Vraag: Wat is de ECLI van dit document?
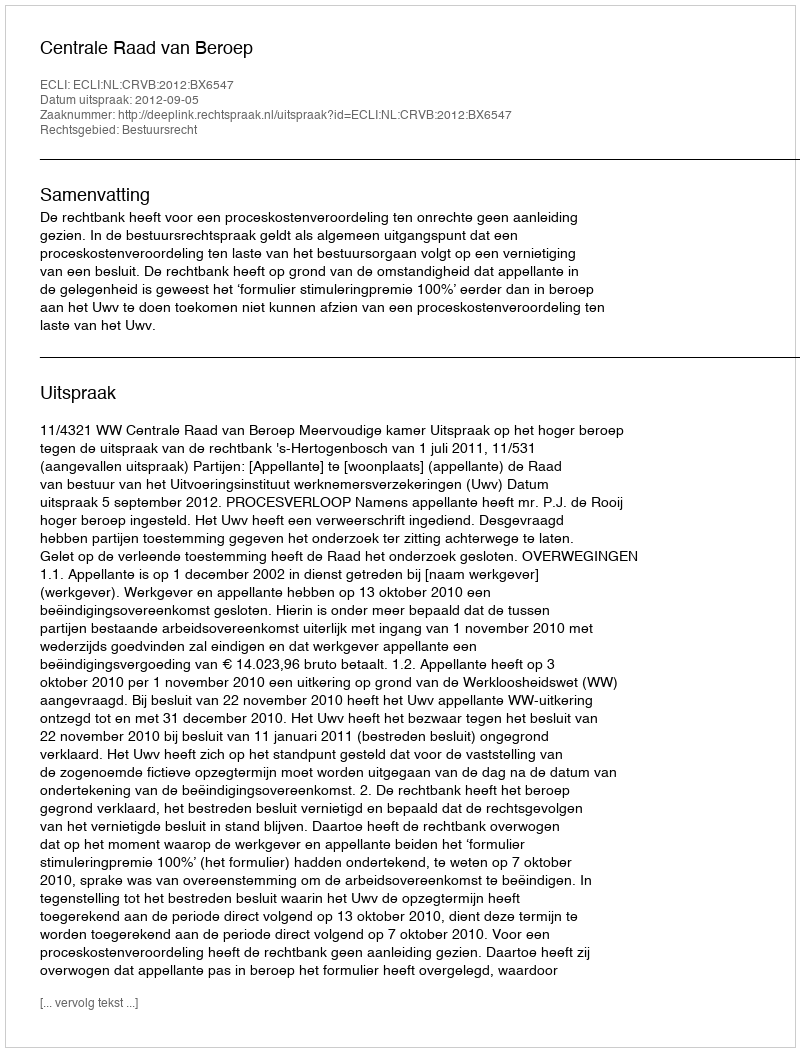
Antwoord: ECLI:NL:CRVB:2012:BX6547